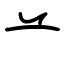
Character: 䒑